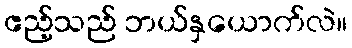
ဧည့်သည် ဘယ်နှယောက်လဲ။